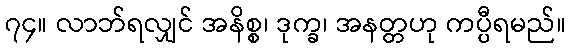
၇၄။ လာဘ်ရလျှင် အနိစ္စ၊ ဒုက္ခ၊ အနတ္တဟု ကပ္ပီရမည်။